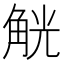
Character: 觥